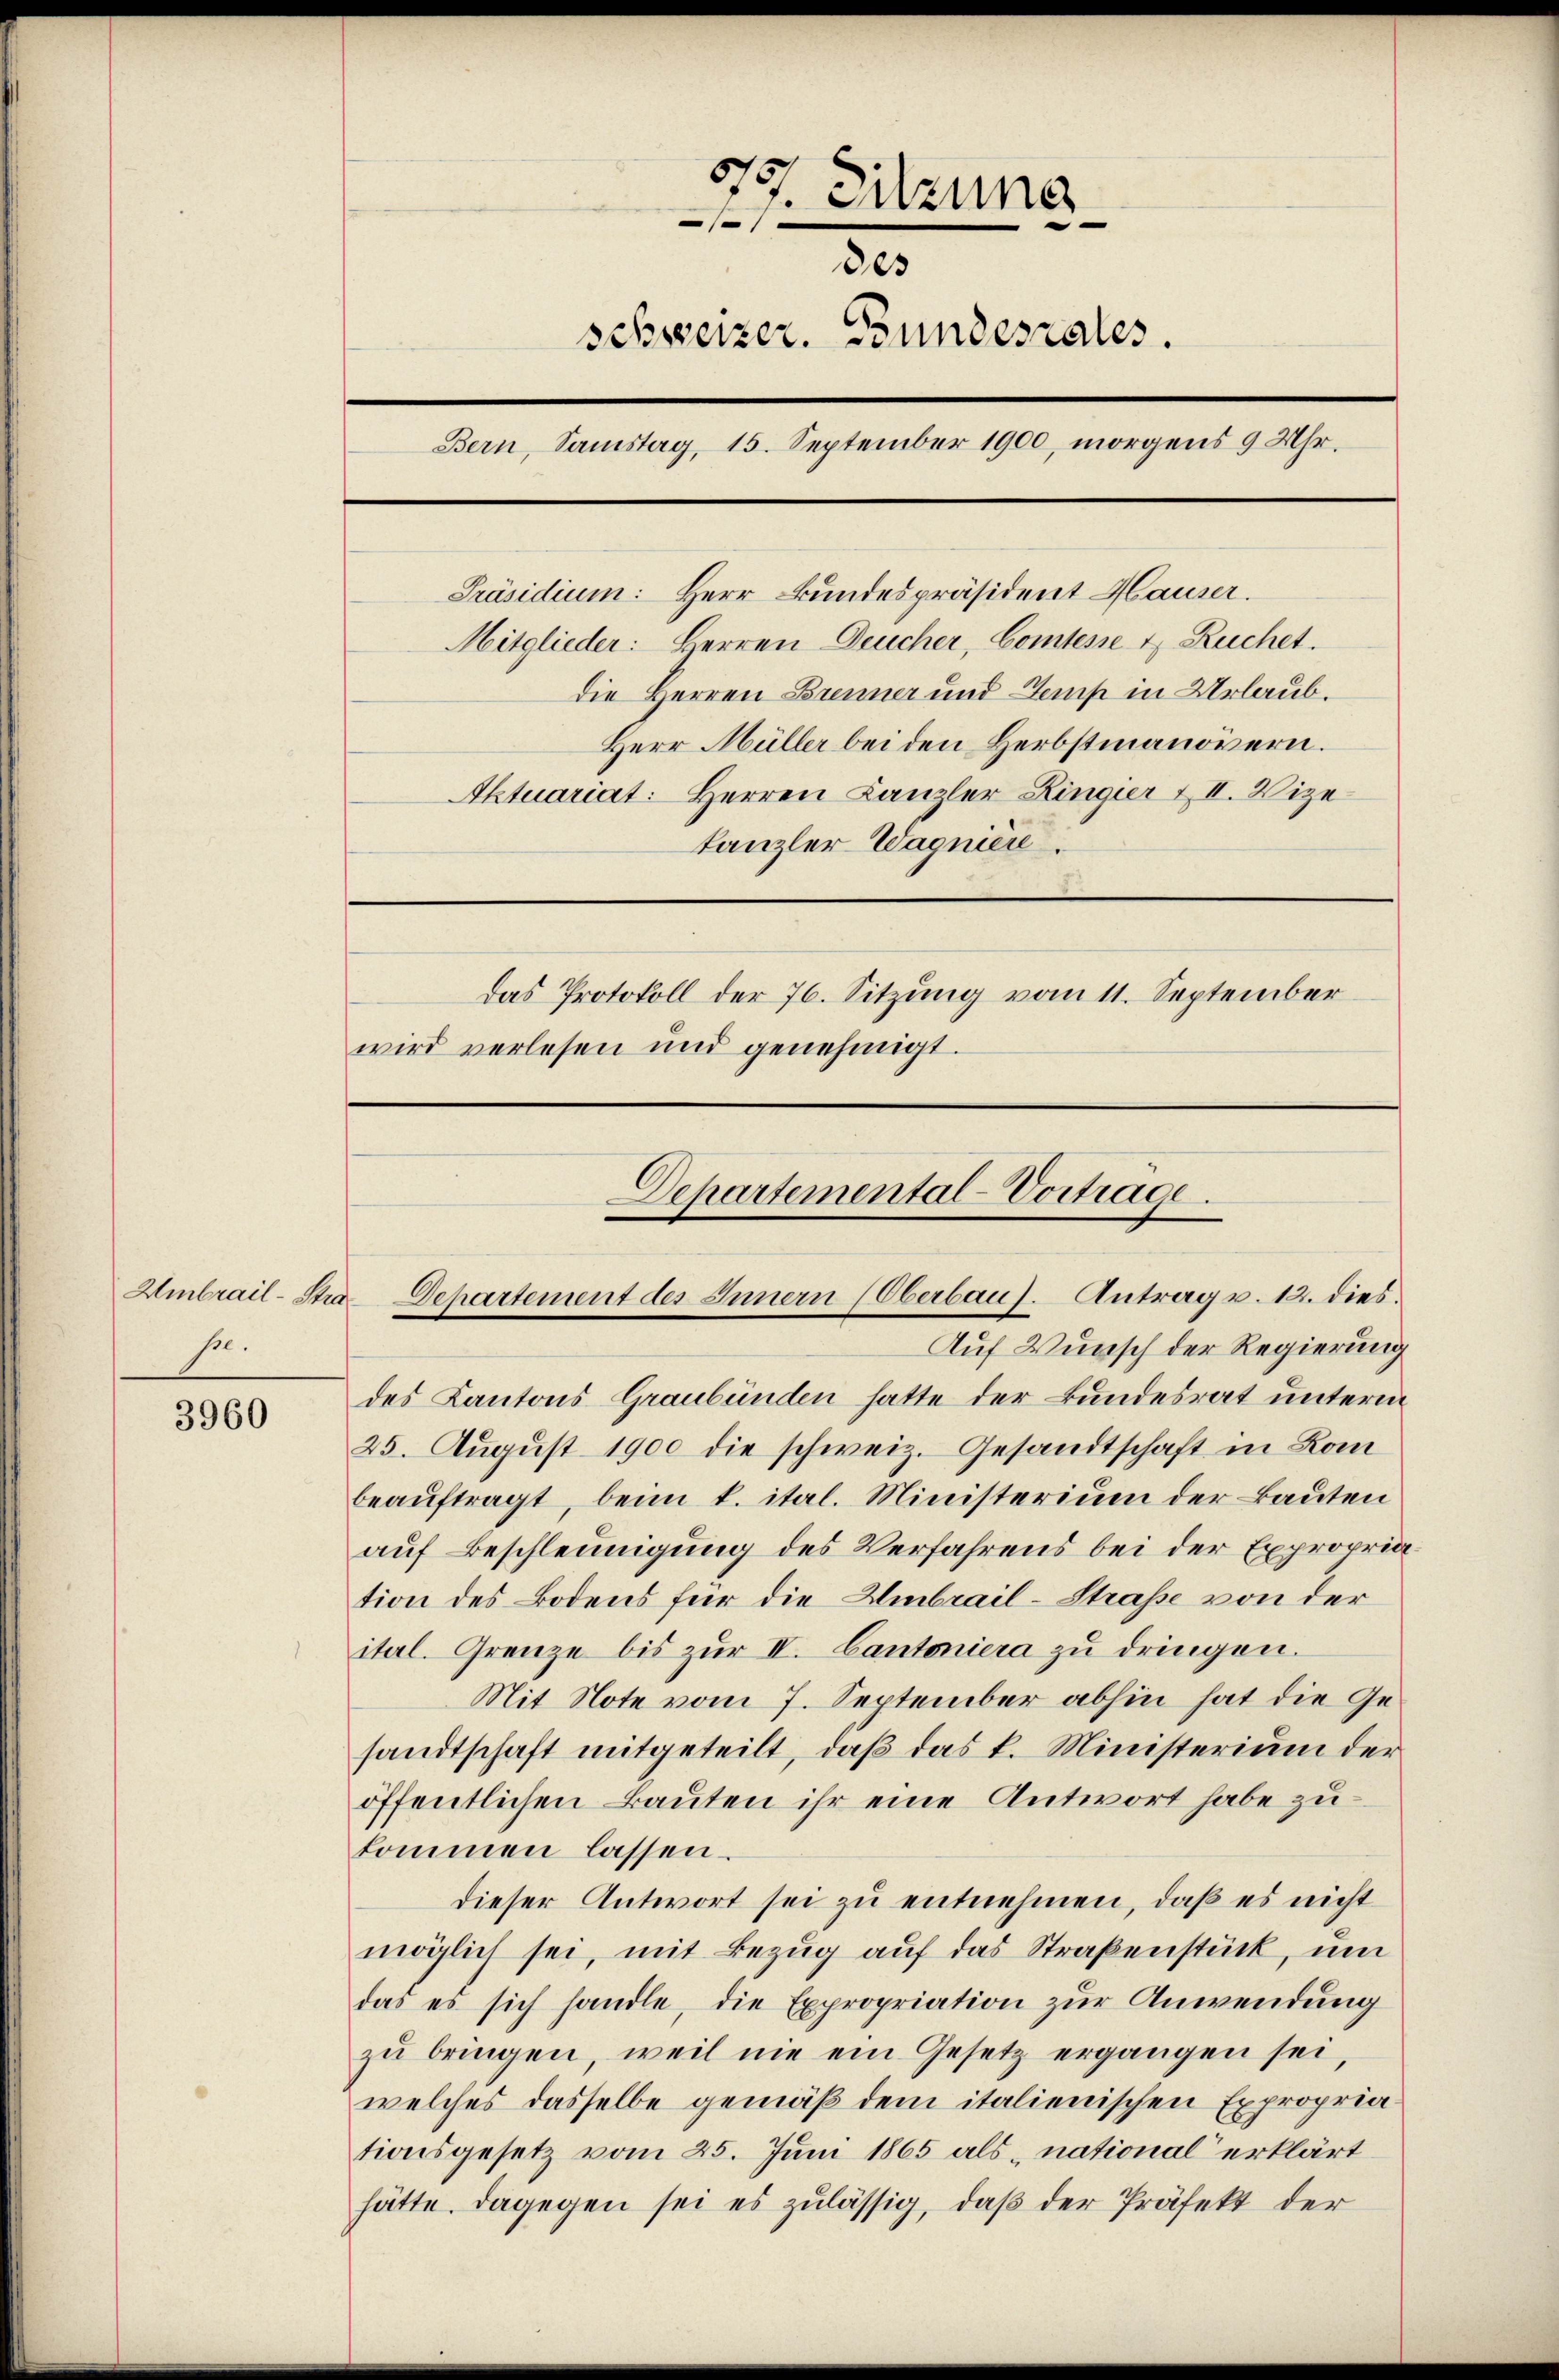
se.

3960

51
7. Sitzung

des
schweizer. Bundesrates.
Bern, Samstag, 15. September 1900, morgens 9 Uhr.
Präsidium: Herr Bundespräsident Hauser.
Mitglieder: Herren Deucher, Comtesse & Ruchet.
Die Herren Brenner und Domp in Urlaub.
Herr Müller bei den Herbstmanövern.
Aktuariat: Herren Canzler Ringier & II. Vize
kanzler Wagniere.
Das Protokoll der 76. Sitzung vom 11. September
wird verlesen und genehmigt.

Departemental-Vortrage.
Embrail-Stra-Departement des Innern (Oberbaus. Antrag v. 12. dies
Auf Wunsch der Regierung

des Kantons Graubünden hatte der Bundesrat unterm
25. August 1900 die schweiz. Gesandtschaft in Kom
beaŭftragt, beim k. ital. Ministerium der Bauten
auf Beschleunigung des Verfahrens bei der Expropria
tion des Bodens für die Umbrail-Straße von der
itel. Grenze bis zŭr II. Cantoniera zŭ dringen.
Mit Note vom 7. September abhin hat die Gesandtschaft mitgeteilt, daβ das k. Ministerium der
öffentlichen Bauten ihr eine Antwort habe zukommen lassen.
dieser Antwort sei zu entnehmen, daß es nicht
möglich sei, mit Bezug auf das Straßenstück, um
das es sich handle, die Expropriation zur Anwendung
zu bringen, weil nie ein Gesetz ergangen sei,
welches dasselbe gemäß dem italienischen Expropriationsgesetz vom 25. Juni 1865 als „national erklärt
hätte. Dagegen sei es zulässig, daß der Präfekt der